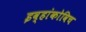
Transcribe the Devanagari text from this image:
इव्हांकोविच